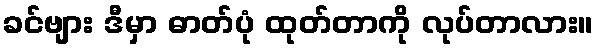
ခင်ဗျား ဒီမှာ ဓာတ်ပုံ ထုတ်တာကို လုပ်တာလား။